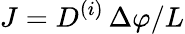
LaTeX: J=D^{(i)}\, \Delta\varphi/L